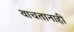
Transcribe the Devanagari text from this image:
वाचतानाही